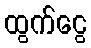
ထွက်ငွေ